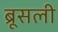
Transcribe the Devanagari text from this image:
ब्रूसली